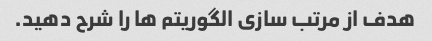
هدف از مرتب سازی الگوریتم ها را شرح دهید.